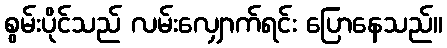
စွမ်းပိုင်သည် လမ်းလျှောက်ရင်း ပြောနေသည်။